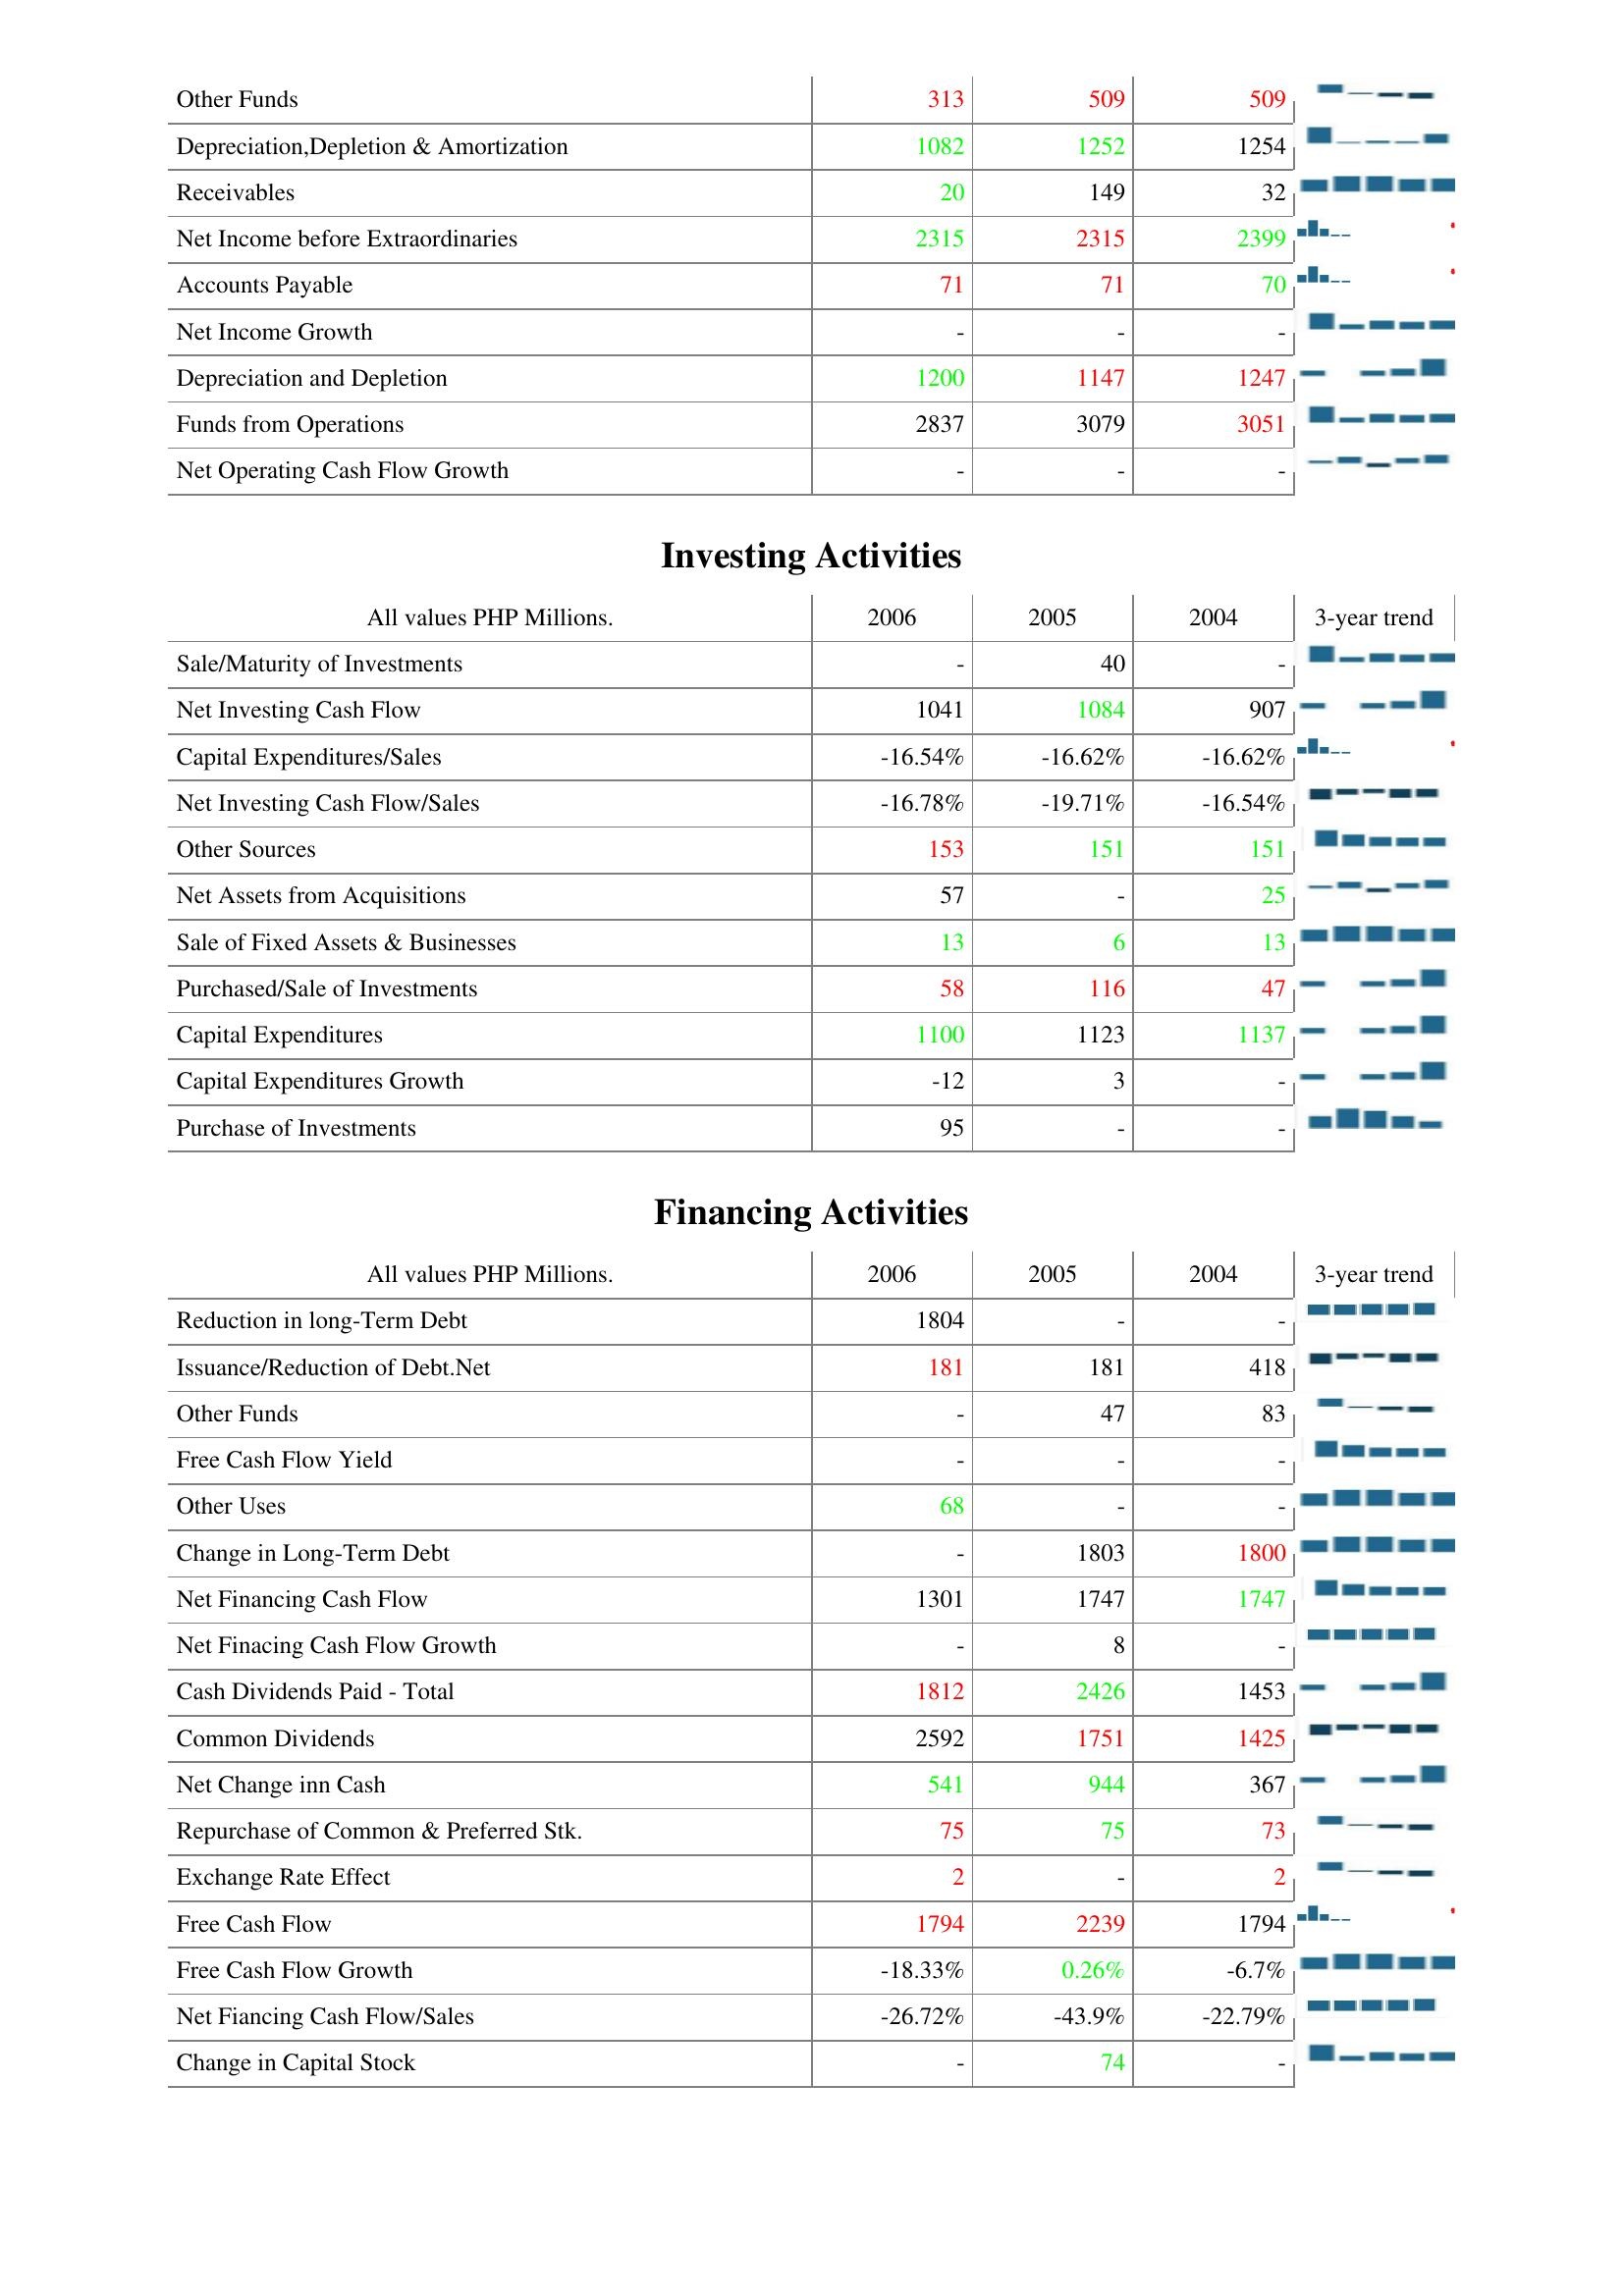
2006: Operating Activities: Other Funds: 313
Depreciation,Depletion & Amortization: 1082
Receivables: 20
Net Income before Extraordinaries: 2315
Accounts Payable: 71
Net Income Growth: -
Depreciation and Depletion: 1200
Funds from Operations: 2837
Net Operating Cash Flow Growth: -
Investing Activities: Sale/Maturity of Investments: -
Net Investing Cash Flow: 1041
Capital Expenditures/Sales: -16.54%
Net Investing Cash Flow/Sales: -16.78%
Other Sources: 153
Net Assets from Acquisitions: 57
Sale of Fixed Assets & Businesses: 13
Purchased/Sale of Investments: 58
Capital Expenditures: 1100
Capital Expenditures Growth: -12
Purchase of Investments: 95
Financing Activities: Reduction in long-Term Debt: 1804
Issuance/Reduction of Debt.Net: 181
Other Funds: -
Free Cash Flow Yield: -
Other Uses: 68
Change in Long-Term Debt: -
Net Financing Cash Flow: 1301
Net Finacing Cash Flow Growth: -
Cash Dividends Paid - Total: 1812
Common Dividends: 2592
Net Change inn Cash: 541
Repurchase of Common & Preferred Stk.: 75
Exchange Rate Effect: 2
Free Cash Flow: 1794
Free Cash Flow Growth: -18.33%
Net Fiancing Cash Flow/Sales: -26.72%
Change in Capital Stock: -
2005: Operating Activities: Other Funds: 509
Depreciation,Depletion & Amortization: 1252
Receivables: 149
Net Income before Extraordinaries: 2315
Accounts Payable: 71
Net Income Growth: -
Depreciation and Depletion: 1147
Funds from Operations: 3079
Net Operating Cash Flow Growth: -
Investing Activities: Sale/Maturity of Investments: 40
Net Investing Cash Flow: 1084
Capital Expenditures/Sales: -16.62%
Net Investing Cash Flow/Sales: -19.71%
Other Sources: 151
Net Assets from Acquisitions: -
Sale of Fixed Assets & Businesses: 6
Purchased/Sale of Investments: 116
Capital Expenditures: 1123
Capital Expenditures Growth: 3
Purchase of Investments: -
Financing Activities: Reduction in long-Term Debt: -
Issuance/Reduction of Debt.Net: 181
Other Funds: 47
Free Cash Flow Yield: -
Other Uses: -
Change in Long-Term Debt: 1803
Net Financing Cash Flow: 1747
Net Finacing Cash Flow Growth: 8
Cash Dividends Paid - Total: 2426
Common Dividends: 1751
Net Change inn Cash: 944
Repurchase of Common & Preferred Stk.: 75
Exchange Rate Effect: -
Free Cash Flow: 2239
Free Cash Flow Growth: 0.26%
Net Fiancing Cash Flow/Sales: -43.9%
Change in Capital Stock: 74
2004: Operating Activities: Other Funds: 509
Depreciation,Depletion & Amortization: 1254
Receivables: 32
Net Income before Extraordinaries: 2399
Accounts Payable: 70
Net Income Growth: -
Depreciation and Depletion: 1247
Funds from Operations: 3051
Net Operating Cash Flow Growth: -
Investing Activities: Sale/Maturity of Investments: -
Net Investing Cash Flow: 907
Capital Expenditures/Sales: -16.62%
Net Investing Cash Flow/Sales: -16.54%
Other Sources: 151
Net Assets from Acquisitions: 25
Sale of Fixed Assets & Businesses: 13
Purchased/Sale of Investments: 47
Capital Expenditures: 1137
Capital Expenditures Growth: -
Purchase of Investments: -
Financing Activities: Reduction in long-Term Debt: -
Issuance/Reduction of Debt.Net: 418
Other Funds: 83
Free Cash Flow Yield: -
Other Uses: -
Change in Long-Term Debt: 1800
Net Financing Cash Flow: 1747
Net Finacing Cash Flow Growth: -
Cash Dividends Paid - Total: 1453
Common Dividends: 1425
Net Change inn Cash: 367
Repurchase of Common & Preferred Stk.: 73
Exchange Rate Effect: 2
Free Cash Flow: 1794
Free Cash Flow Growth: -6.7%
Net Fiancing Cash Flow/Sales: -22.79%
Change in Capital Stock: -